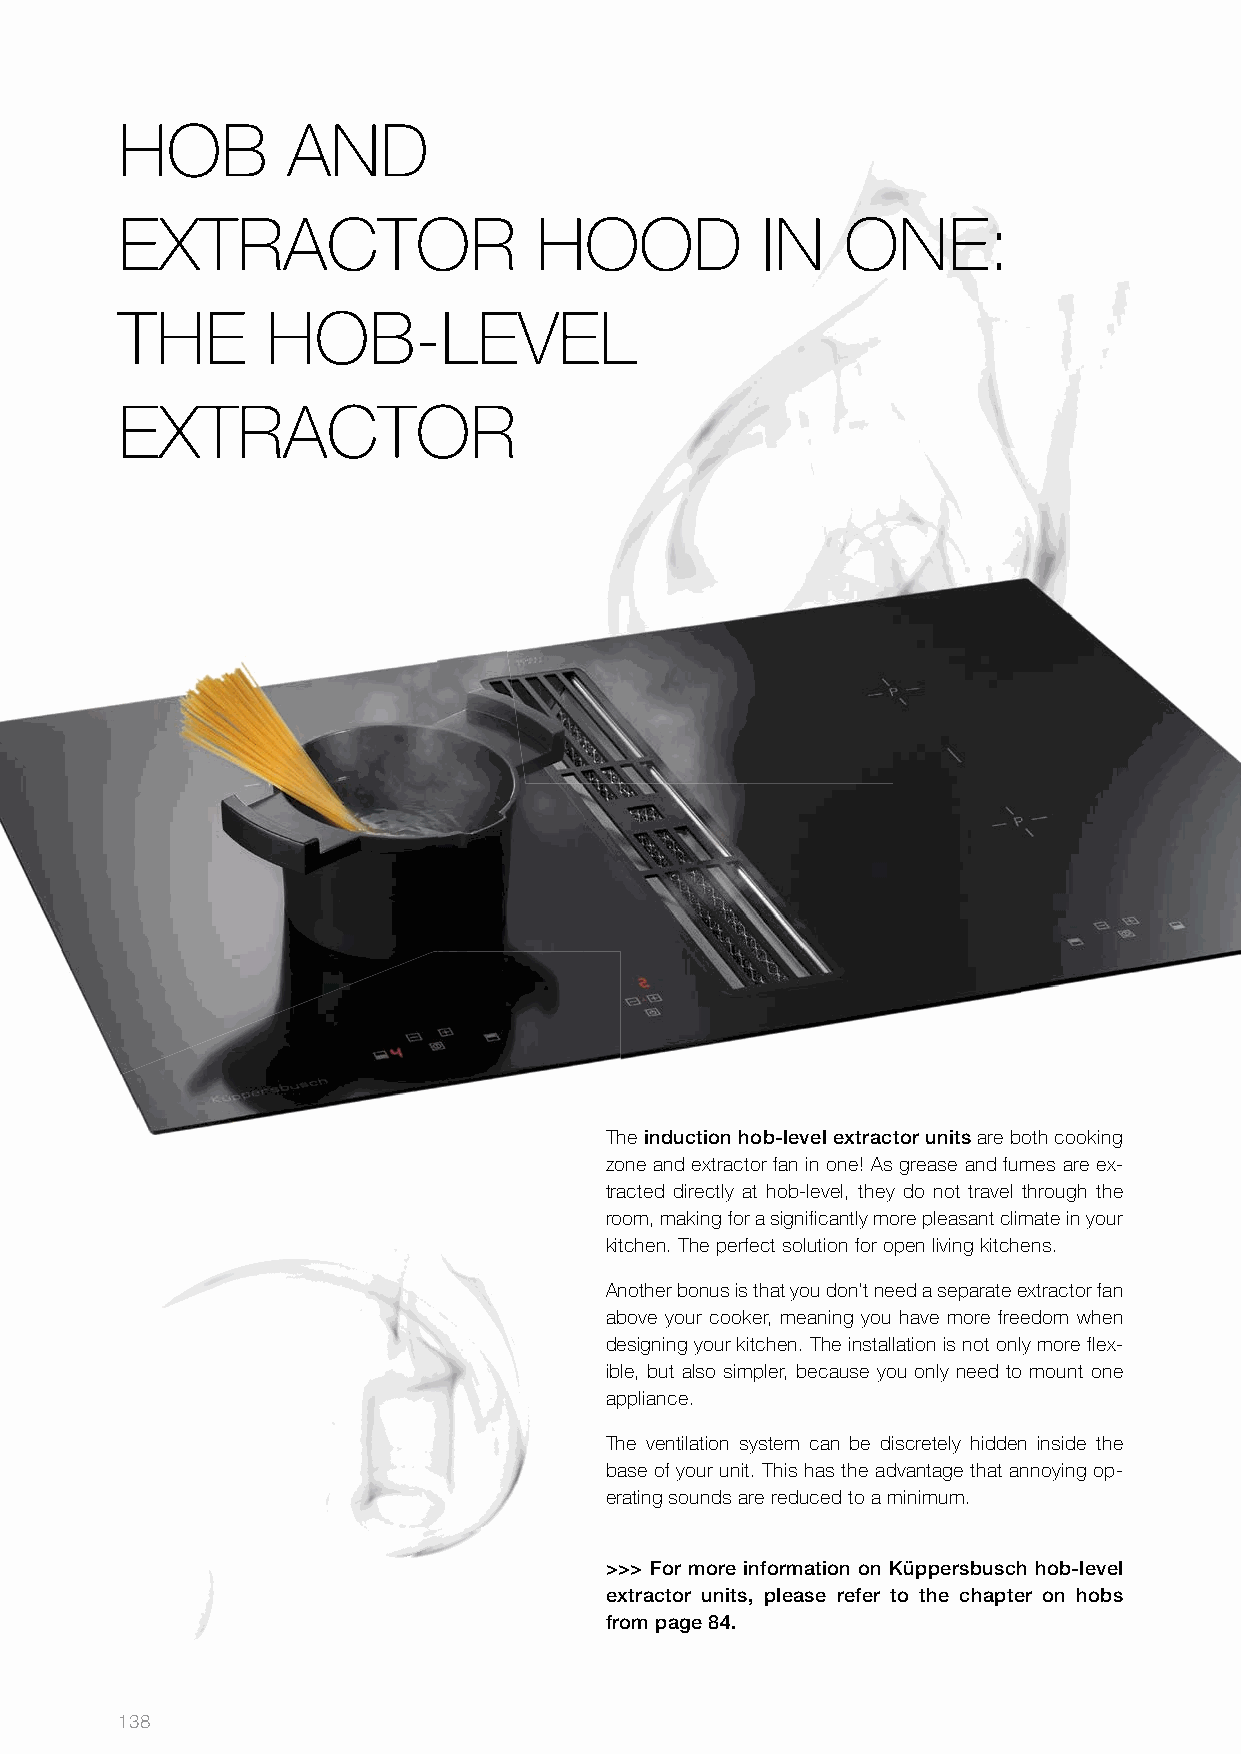
HOB        AND
 EXTRACTOR                  HOOD           IN    ONE:
 THE       HOB­LEVEL
 EXTRACTOR
 The induction hob-level extractor units are both cooking
 zone and extractor fan in one! As grease and fumes are ex­
 tracted directly at hob­level, they do not travel through the
 room, making for a significantly more pleasant climate in your
 kitchen. The perfect solution for open living kitchens.
 Another bonus is that you don’t need a separate extractor fan
 above your cooker, meaning you have more freedom when
 designing your kitchen. The installation is not only more flex­
 ible, but also simpler, because you only need to mount one
 appliance.
 The ventilation system can be discretely hidden inside the
 base of your unit. This has the advantage that annoying op­
 erating sounds are reduced to a minimum.
 >>> For more information on Küppersbusch hob-level
 extractor units, please refer to the chapter on hobs
 from page 84.
 138